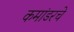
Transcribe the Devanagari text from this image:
कमांडरचे